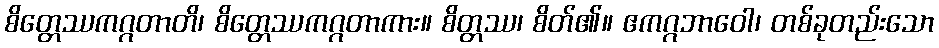
စိတ္တေဿကဂ္ဂတာတိ၊ စိတ္တေဿကဂ္ဂတာကား။ စိတ္တဿ၊ စိတ်၏။ ဧကဂ္ဂဘာဝေါ၊ တစ်ခုတည်းသော